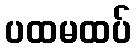
ပထမထပ်